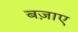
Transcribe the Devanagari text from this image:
बज़ाए